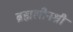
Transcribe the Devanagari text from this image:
ब्रह्मलीनश्री